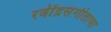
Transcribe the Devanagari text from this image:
रवींद्रसंगीताचा